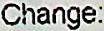
CHANGE: